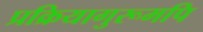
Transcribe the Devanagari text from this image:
प्रक्रियागुरूमपि